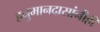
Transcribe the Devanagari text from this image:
हनुमानदासांनीही